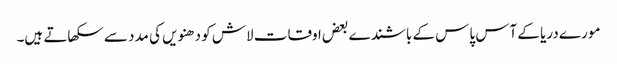
مورے دریا کے آس پاس کے باشندے بعض اوقات لاش کو دھنویں کی مدد سے سکھاتے ہیں۔